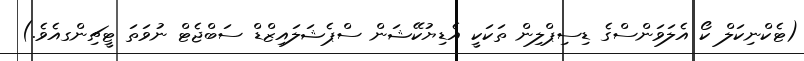
(ޓެކްނިކަލް ކޯ އެލަވަންސްގެ ޑިސިޕްލިން ތަކަކީ އެޑިޔުކޭޝަން ސްޕެޝަލައިޒްޑް ސަބްޖެޓް ނުވަތަ ޓީޗިންގއެވެ.)